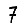
Digit: 7